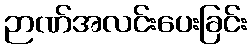
ဉာဏ်အလင်းပေးခြင်း